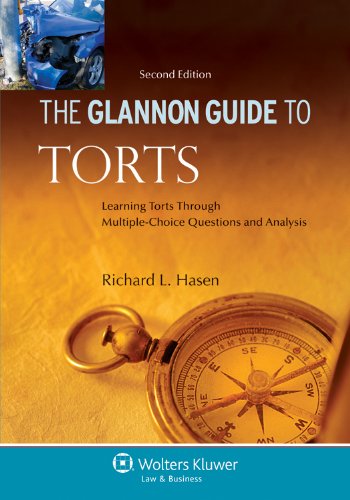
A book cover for Glannon Guide to Torts: Learning Torts Through Multiple-Choice Questions and Analysis, 2nd Edition; Richard L. Hasen; Law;